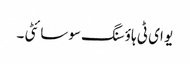
یو ای ٹی ہاؤسنگ سوسائٹی ۔